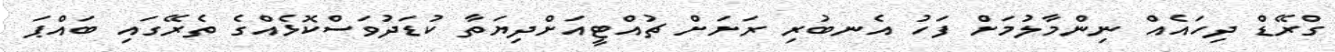
ގްރޭޑް ދިހައެއް ނިންމާލުމަށް ފަހު އެނބުރި ރަށަށް ޗުއްޓީއަށްދިޔަތާ ކުޑަދުވަސްކޮޅެއްގެ ތެރޭގައި ބައްޕަ